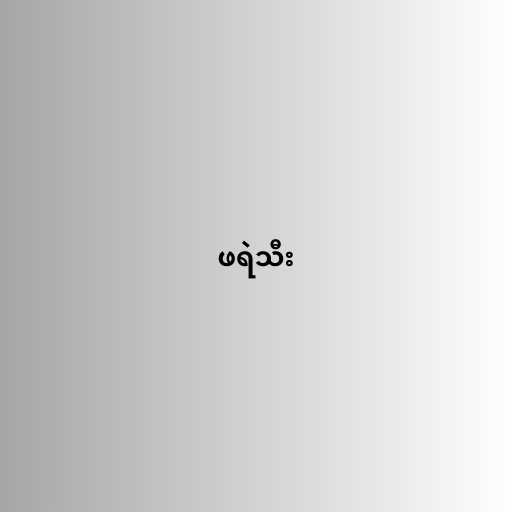
ဖရဲသီး